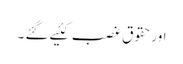
اورحقوق غصب کئیے گئے ۔